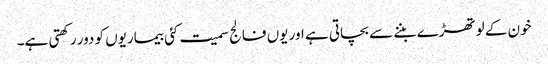
خون کے لوتھڑے بننے سے بچاتی ہے اور یوں فالج سمیت کئی بیماریوں کو دور رکھتی ہے۔